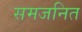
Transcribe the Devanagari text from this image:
समजनित